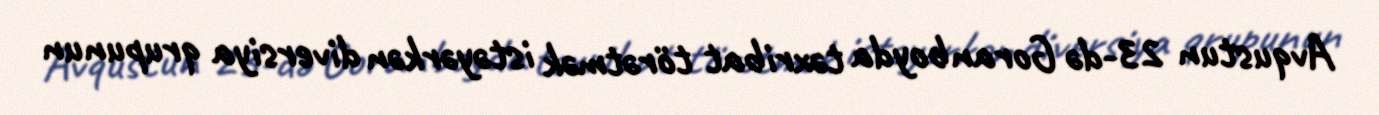
Avqustun 23-də Goranboyda təxribat törətmək istəyərkən diversiya qrupunun